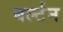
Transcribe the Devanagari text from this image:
बर्ल्टन